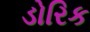
ડોરિક